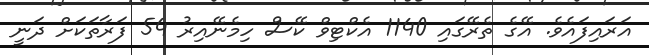
އަރައިފައެވެ. އޭގެ ތެރޭގައި 1140 އެކްޓިވް ކޭސް ހިމެނޭއިރު 54 ފަރާތަކަށް ދަނީ